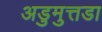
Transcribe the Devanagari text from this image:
अडुमुत्तडा